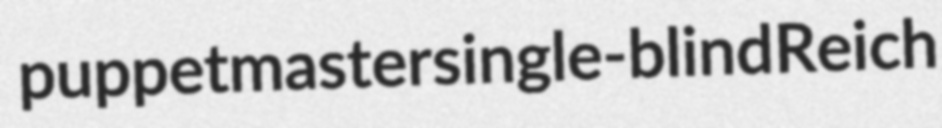
puppetmaster single-blind Reich